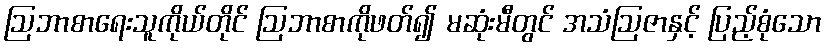
ဩဘာစာရေးသူကိုယ်တိုင် ဩဘာစာကိုဖတ်၍ မဆုံးမီတွင် အသံဩဇာနှင့် ပြည့်စုံသော